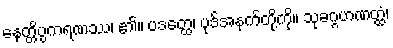
နေတ္တိပ္ပကရဏဿ၊ ၏။ ပဒတ္ထေ၊ ပုဒ်အနက်တို့ကို။ သုခဂ္ဂဟဏတ္ထံ၊